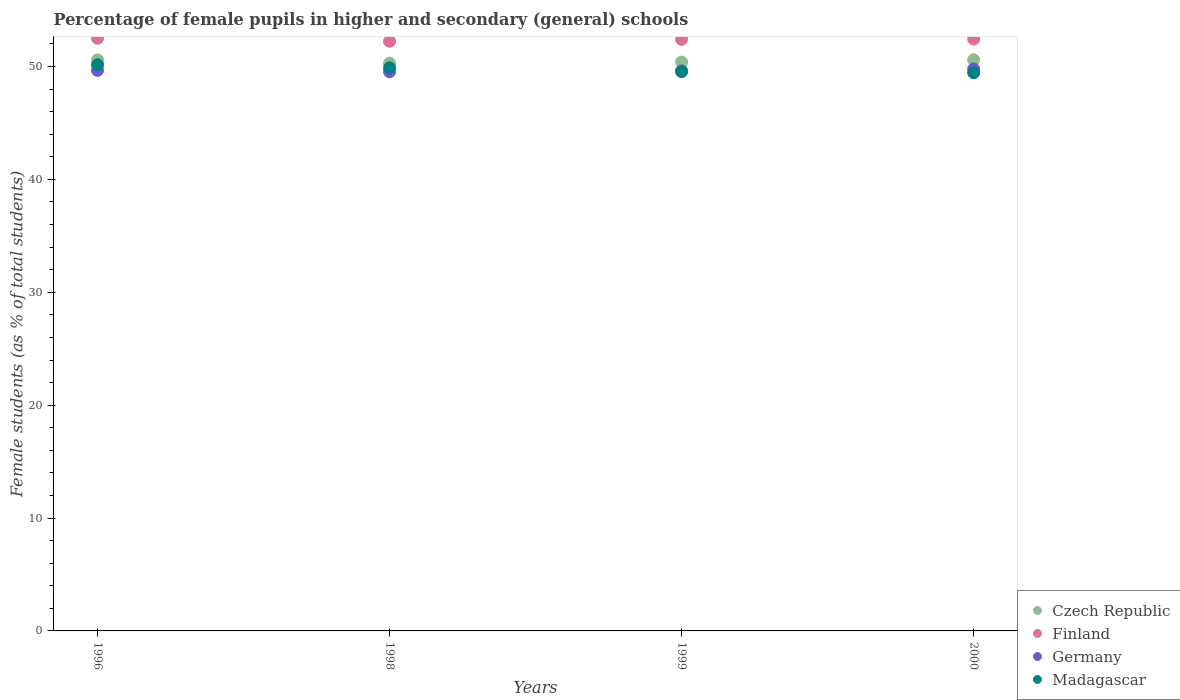
| Years | Czech Republic | Finland | Germany | Madagascar |
 | --- | --- | --- | --- | --- |
 | 1996 | 50.6 | 52.5 | 49.7 | 50.2 |
 | 1998 | 50.3 | 52.2 | 49.5 | 49.9 |
 | 1999 | 50.4 | 52.4 | 49.6 | 49.5 |
 | 2000 | 50.6 | 52.4 | 49.8 | 49.5 |